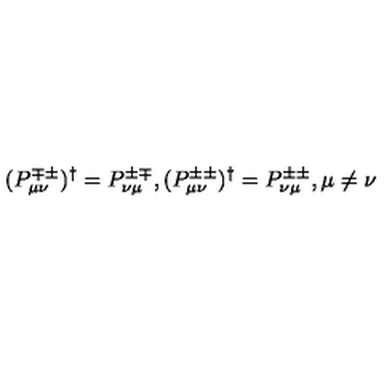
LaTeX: ( P _ { \mu \nu } ^ { \mp \pm } ) ^ { \dag } = P _ { \nu \mu } ^ { \pm \mp } , ( P _ { \mu \nu } ^ { \pm \pm } ) ^ { \dag } = P _ { \nu \mu } ^ { \pm \pm } , \mu \neq \nu